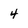
Character: 4